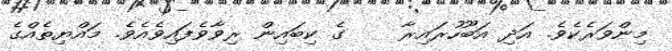
މިންވަރެކެވެ. އަދި އަބޫހުރައިރާ    ގެ ކިބައިން ރިވާވެފައިވެއެވެ. މައްޔިތެއްގެ